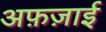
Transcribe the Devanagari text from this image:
अफ़ज़ाई